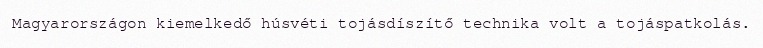
Magyarországon kiemelkedő húsvéti tojásdíszítő technika volt a tojáspatkolás.